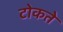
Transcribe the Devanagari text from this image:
टोकते